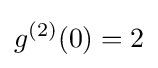
g^{(2)}(0)=2